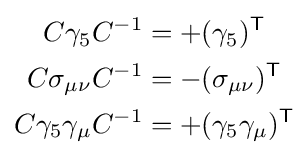
{\begin{aligned}C\gamma _{5}C^{-1}&=+(\gamma _{5})^{\textsf {T}}\\C\sigma _{\mu \nu }C^{-1}&=-(\sigma _{\mu \nu })^{\textsf {T}}\\C\gamma _{5}\gamma _{\mu }C^{-1}&=+(\gamma _{5}\gamma _{\mu })^{\textsf {T}}\\\end{aligned}}